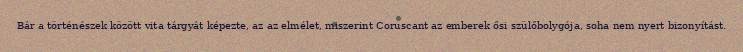
Bár a történészek között vita tárgyát képezte, az az elmélet, miszerint Coruscant az emberek ősi szülőbolygója, soha nem nyert bizonyítást.